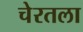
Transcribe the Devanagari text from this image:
चेरतला